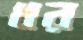
ধর